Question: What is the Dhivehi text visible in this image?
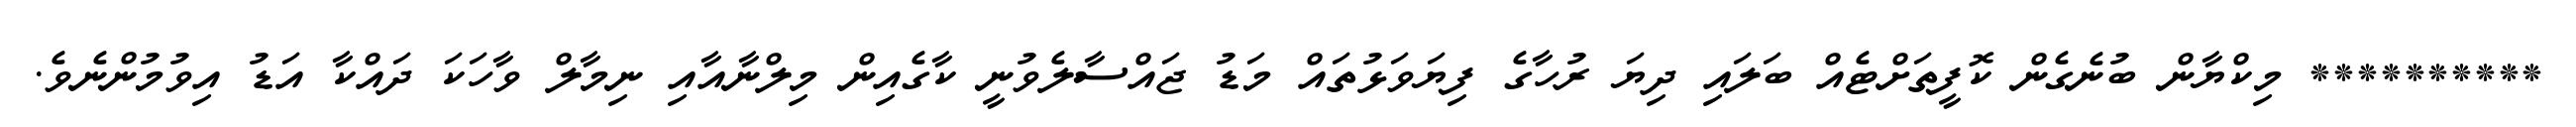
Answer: ********** މިކްޔާން ބުނެގެން ކޮފީތަށްޓެއް ބަލައި ދިޔަ ރުހާގެ ފިޔަވަޅުތައް މަޑު ޖައްސާލެވުނީ ކާގެއިން މިލްނާއާއި ނިމާލް ވާހަކަ ދައްކާ އަޑު އިވުމުންނެވެ.